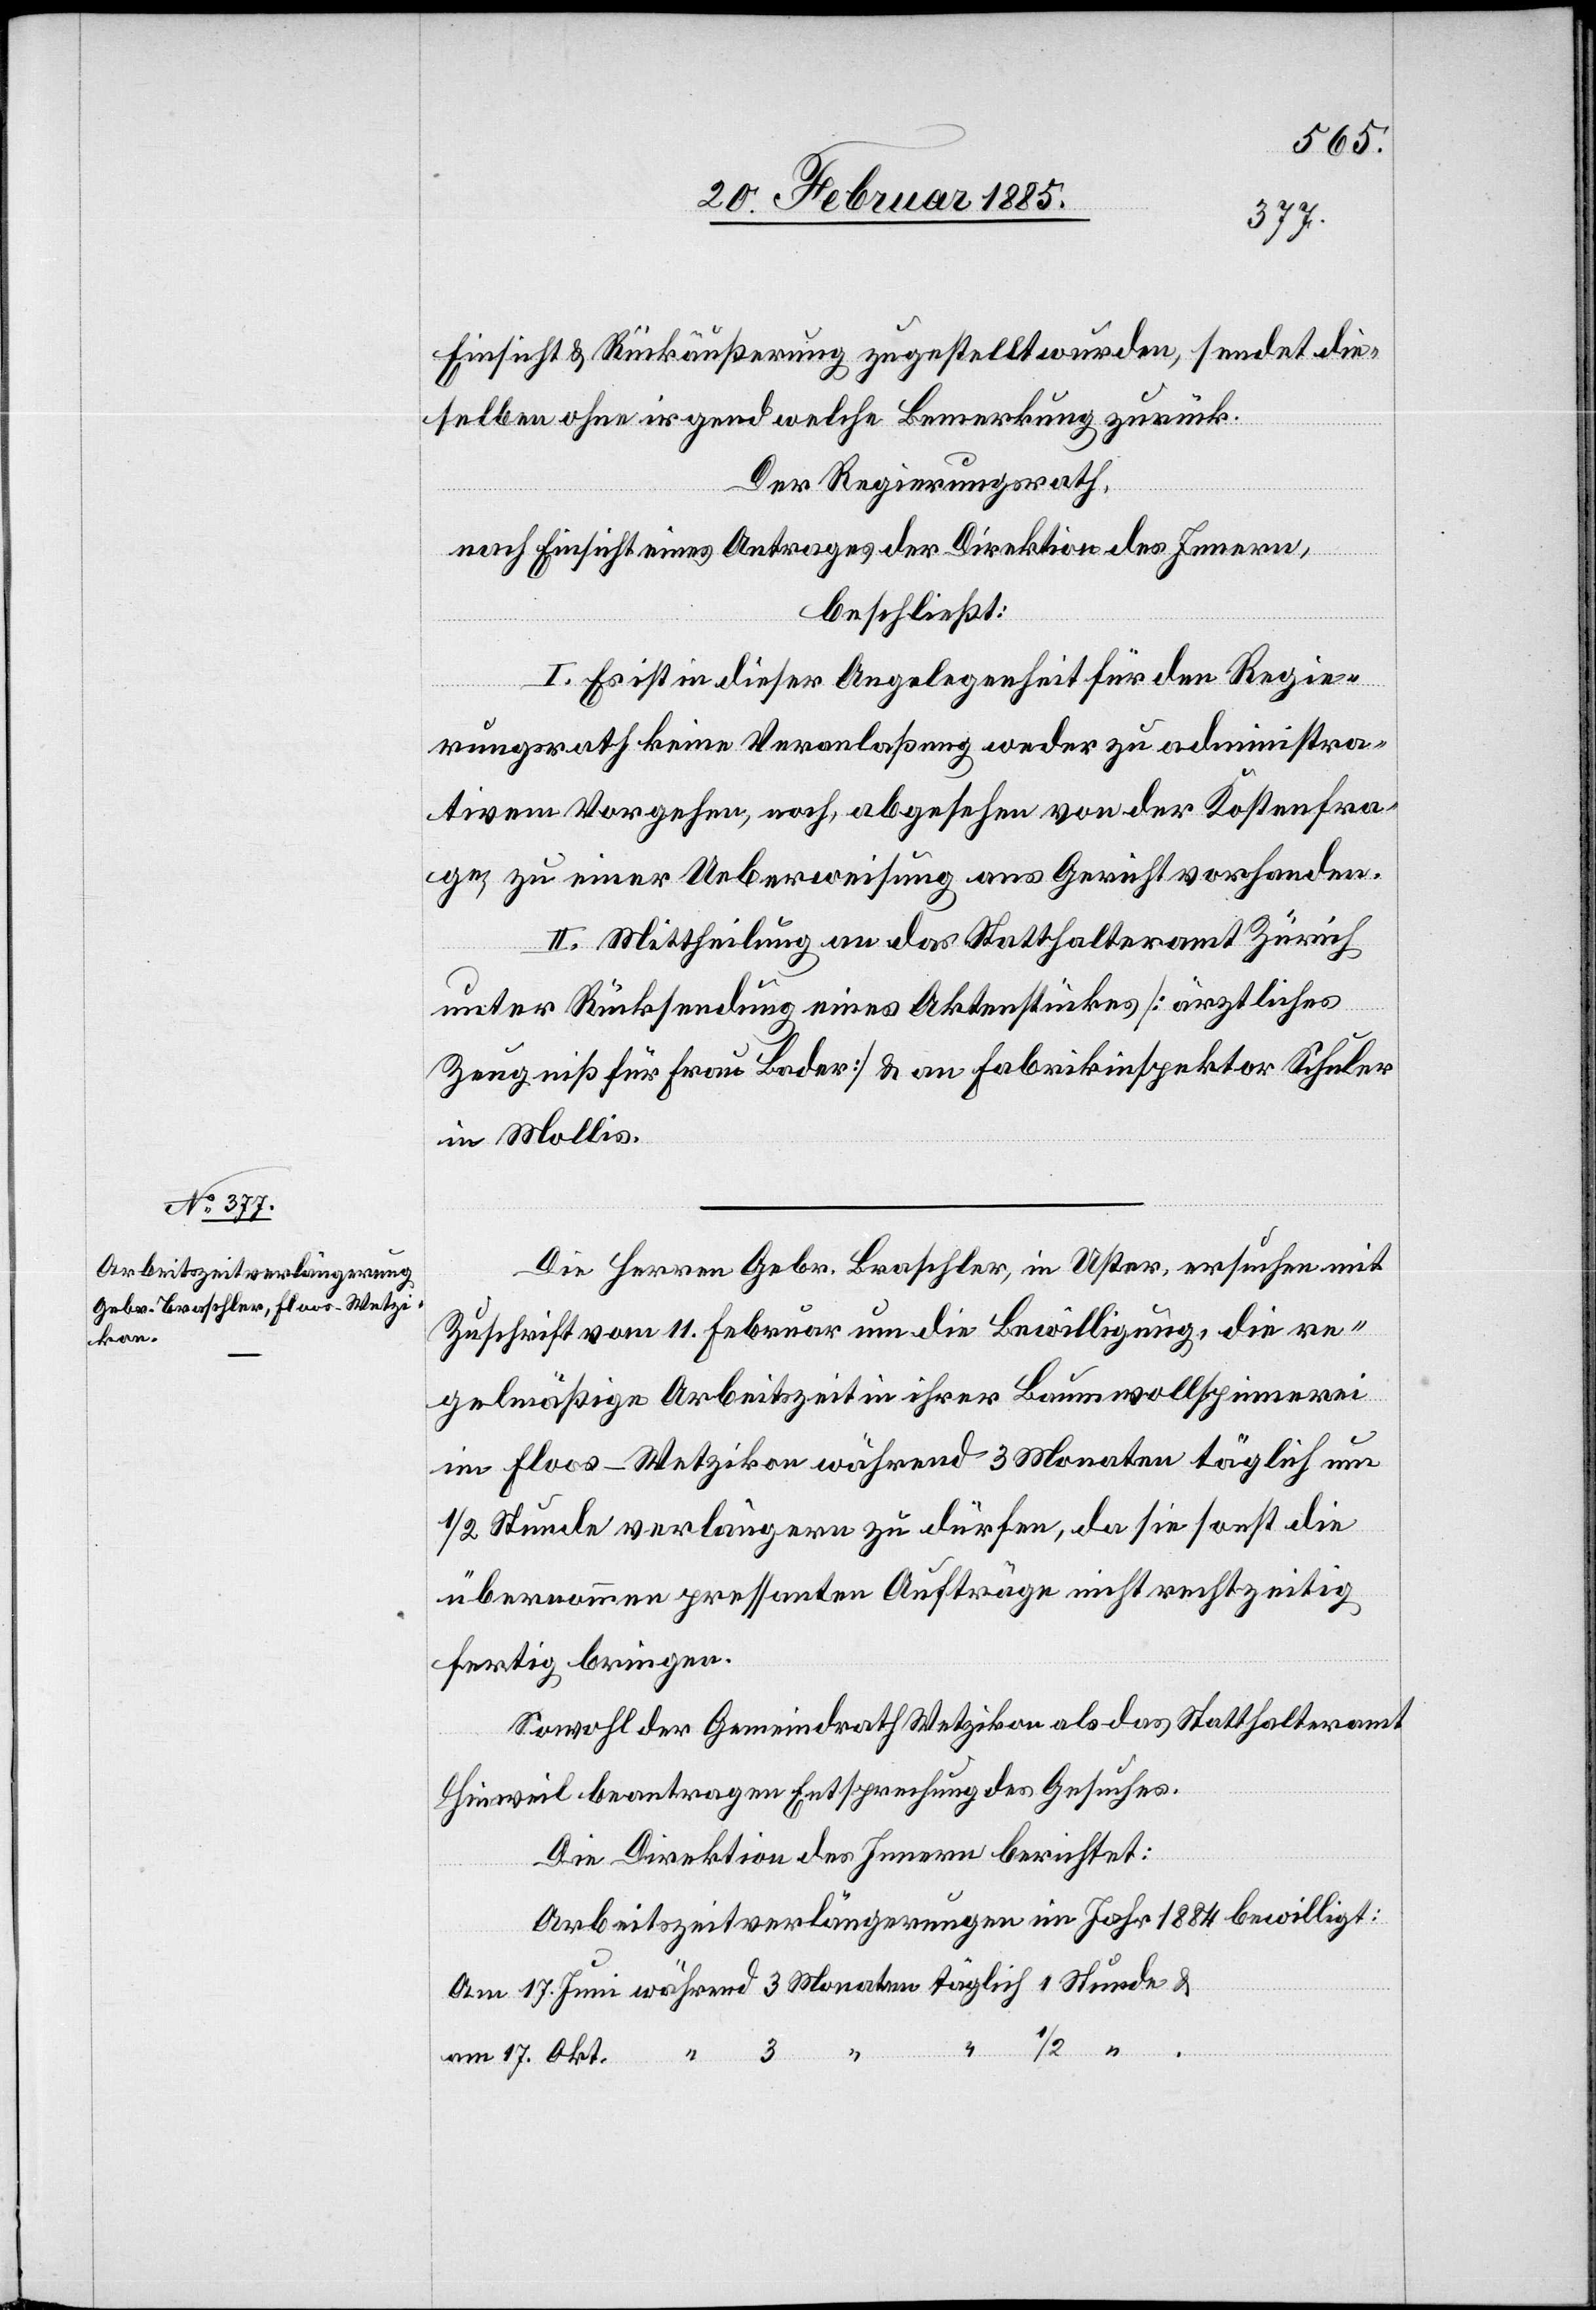
Einsicht & Rückäußerung zugestellt wurden, sendet die
selben ohne irgend welche Bemerkung zurück.
Der Regierungsrath,
nach Einsicht eines Antrages der Direktion des Innern,
beschließt:
I. Es ist in dieser Angelegenheit für den Regie¬
rungsrath keine Veranlaßung weder zu administra¬
tivem Vorgehen, noch, abgesehen von der Kostenfra¬
ge, zu einer Ueberweisung ans Gericht vorhanden.
II. Mittheilung an das Statthalteramt Zürich
unter Rücksendung eines Aktenstückes [ärztliches
Zeugniß für Frau Bader] & an Fabrikinspektor Schuler
in Mollis.
Die Herren Gebr. Braschler, in Uster, ersuchen mit
Zuschrift vom 11. Februar um die Bewilligung, die re¬
gelmäßige Arbeitszeit in ihrer Bauwollspinnerei
im Floos - Wetzikon während 3 Monaten täglich um
1/2 Stunde verlängern zu dürfen, da sie sonst die
übernommenen pressanten Aufträge nicht rechtzeitig
fertig bringen.
Sowohl der Gemeindrath Wetzikon als das Statthalteramt
Hinweil beantragen Entsprechung des Gesuches.
Die Direktion des Innern berichtet:
Arbeitszeitverlängerungen im Jahr 1884 bewilligt:
Am 17. Juni während 3 Monaten täglich 1 Stunde &
1/2 “
am 17. Okt. “